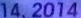
14.2014